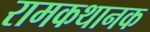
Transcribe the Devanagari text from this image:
रामकथानक